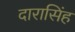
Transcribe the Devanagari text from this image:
दारासिंह